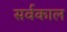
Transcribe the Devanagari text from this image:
सर्वकाल